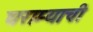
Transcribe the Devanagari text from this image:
घराम्याची